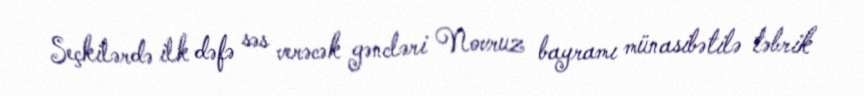
Seçkilərdə ilk dəfə səs verəcək gəncləri Novruz bayramı münasibətilə təbrik